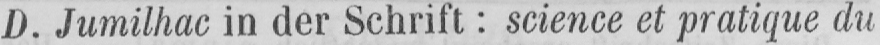
D. Jumilhac in der Schrift: science et pratique du